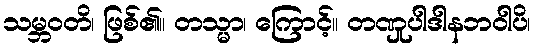
သမ္ဘဝတိ၊ ဖြစ်၏။ တသ္မာ၊ ကြောင့်။ တဏှုပါဒါနဘဝါပိ၊